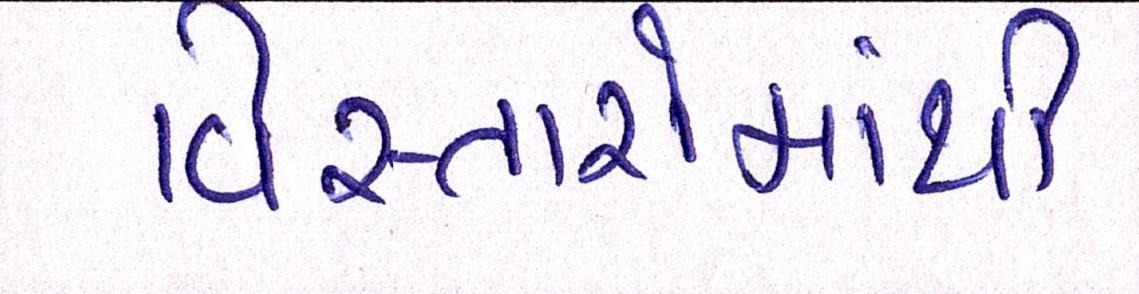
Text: વિસ્તારોમાંથી